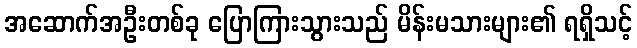
အဆောက်အဦးတစ်ခု ပြောကြားသွားသည် မိန်းမသားများ၏ ရရှိသင့်